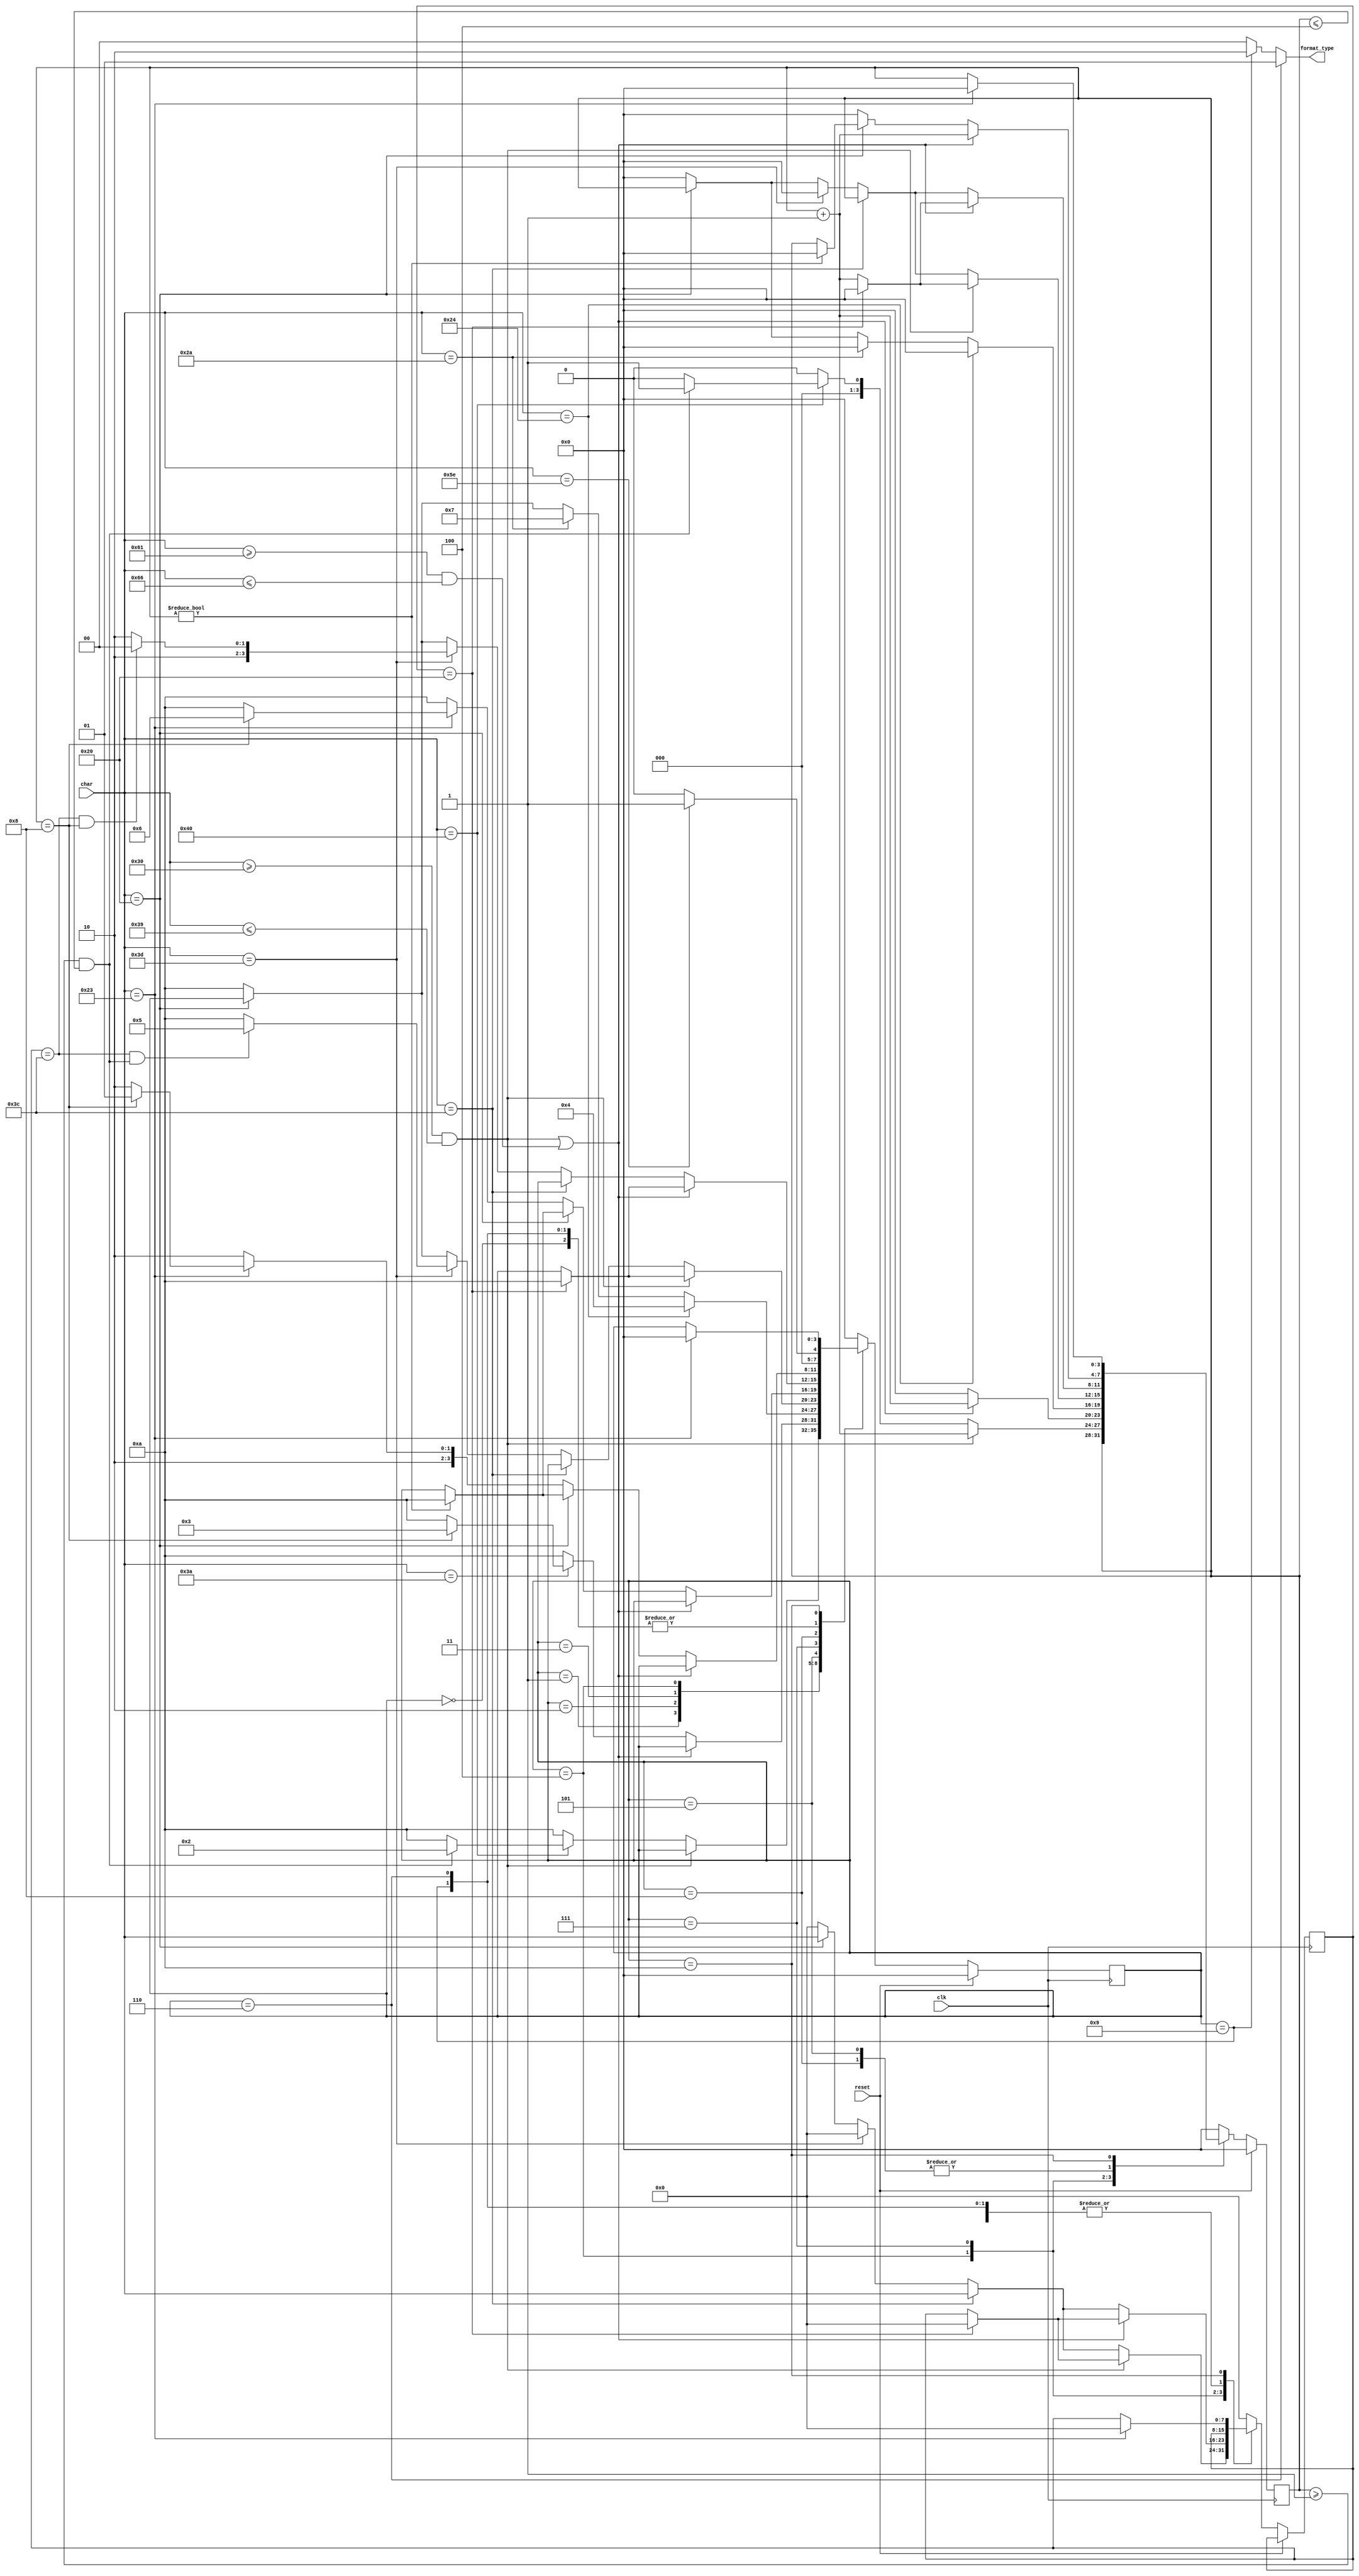
`timescale 1ns / 1ps
//////////////////////////////////////////////////////////////////////////////////
// Company:
// Engineer:
//
// Design Name:
// Module Name:    cpu_checker
// Project Name:
// Target Devices:
// Tool versions:
// Description:
//
// Dependencies:
//
// Revision:
// Revision 0.01 - File Created
// Additional Comments:
//
//////////////////////////////////////////////////////////////////////////////////
`define S0 4'b0000  //
`define S1 4'b0001  //^xx
`define S2 4'b0010  //@xx
`define S3 4'b0011  //
`define S4 4'b0100  //$xx 
`define S5 4'b0101  //<=xx
`define S6 4'b0110  //# 
`define S7 4'b0111  //*xx 
`define S8 4'b1000  //<=xx
`define S9 4'b1001  //# 
`define S10 4'b1010  //wrong

module cpu_checker(
           input clk,
           input reset,
           input [7:0] char,
           output [1:0] format_type
       );

reg [3:0] counter;
reg [3:0] status;
reg [7:0] temp;

initial begin
    status = `S0;
    counter = 4'b0000;
    temp = 8'd0;
end

always @(posedge clk) begin
    if (reset == 1'b1) begin
        status <= `S0;
        counter <= 2'b00;
    end
    else begin
        case (status)
            `S0 : begin
                if (char == "^") begin
                    status <=`S1;
                end
                else begin
                    status <= `S0;
                end
            end

            `S1 : begin
                if (char >="0" && char <= "9") begin
                    counter <= counter + 1;
                end
                else if(char == "@") begin
                    if(counter >= 4'b0001 && counter <= 4'b0100) begin
                        status <= `S2;
                        counter <= 4'b0001;
                    end
                    else begin
                        status <= `S10;
                        counter <= 4'b0000;
                    end
                end
                else begin
                    status <= `S10;
                    counter <= 4'b0000;
                end
            end

            `S2 : begin
                if ((char >= "0" && char <= "9") || (char >= "a" && char <= "f")) begin
                    counter <= counter + 1;
                end
                else if (char == ":") begin
                    if(counter == 4'b1000) begin
                        status <= `S3;
                        counter <= 4'b0000;
                    end
                    else begin
                        status <= `S10;
                        counter <= 4'b0000;
                    end
                end
                else begin
                    status <= `S10;
                    counter <= 4'b0000;
                end
            end

            `S3: begin
                if(char == "$") begin
                    status <= `S4;
                    counter <= 4'b0000;
                end
                else if(char == "*") begin
                    status <= `S7;
                    counter <= 4'b0000;
                end
                else if(char == " ") begin

                end
                else begin
                    status <= `S10;
                    counter <= 4'b0000;
                end
            end

            `S4 : begin
                if(char >= "0" && char <= "9") begin
                    counter <= counter + 1;
                    if(temp == " ") begin
                        status <= `S10;
                        counter <= 4'b0000;
                        temp <= 8'd0;
                    end
                end
                else if(char == "<") begin
                    temp <= char;
                end
                else if(char == "=") begin
                    if((temp == "<" )&& (counter >= 4'b0001 && counter <= 4'b0100)) begin
                        status <= `S5;
                        counter <= 4'b0000;
                        temp <= 8'd0;
                    end
                    else begin
                        status <= `S10;
                        counter <= 4'b0000;
                        temp <= 8'd0;
                    end
                end
                else if(char == " ") begin
                    temp <= char;
                end
                else begin
                    status <= `S10;
                    counter <= 4'b0000;
                    temp <= 8'd0;
                end
            end

            `S5: begin
                if ((char >= "0" && char <= "9") || (char >= "a" && char <= "f")) begin
                    counter <= counter + 1;
                end
                else if(char == " ") begin
                    if(counter != 4'b0000) begin
                        status <= `S10;
                        counter <= 4'b0000;
                    end
                end
                else if (char == "#") begin
                    if(counter == 4'b1000) begin
                        status <= `S6;
                        counter <= 4'b0000;
                    end
                    else begin
                        status <= `S10;
                        counter <= 4'b0000;
                    end
                end
                else begin
                    status <= `S10;
                    counter <= 4'b0000;
                end
            end

            `S6 : begin
                if(char == "^") begin
                    status <= `S1;
                    counter <= 4'b0000;
                end
                else begin
                    status <= `S0;
                    counter <= 4'b0000;
                end
            end

            `S7 : begin
                if((char >= "0" && char <= "9") || (char >= "a" && char <= "f")) begin
                    counter <= counter + 1;
                    if(temp == " ") begin
                        status <= `S10;
                        counter <= 4'b0000;
                        temp <= 8'd0;
                    end
                end
                else if(char == "<") begin
                    temp <= char;
                end
                else if(char == "=") begin
                    if((temp == "<" )&& (counter == 4'b1000)) begin
                        status <= `S8;
                        counter <= 4'b0000;
                        temp <= 8'd0;
                    end
                    else begin
                        status <= `S10;
                        counter <= 4'b0000;
                        temp <= 8'd0;
                    end
                end
                else if(char == " ") begin
                    temp <= char;
                end
                else begin
                    status <= `S10;
                    counter <= 4'b0000;
                    temp <= 8'd0;
                end
            end

            `S8 : begin
                if ((char >= "0" && char <= "9") || (char >= "a" && char <= "f")) begin
                    counter <= counter + 1;
                end
                else if(char == " ") begin
                    if(counter != 4'b0000) begin
                        status <= `S10;
                        counter <= 4'b0000;
                    end
                end
                else if (char == "#") begin
                    if(counter == 4'b1000) begin
                        status <= `S9;
                        counter <= 4'b0000;
                    end
                    else begin
                        status <= `S10;
                        counter <= 4'b0000;
                    end
                end
                else begin
                    status <= `S10;
                    counter <= 4'b0000;
                end
            end

            `S9 : begin
                if(char == "^") begin
                    status <= `S1;
                    counter <= 4'b0000;
                end
                else begin
                    status <= `S0;
                    counter <= 4'b0000;
                end
            end

            `S10 : begin
                if(char == "#") begin
                    status <= `S0;
                    counter <= 4'b0000;
                    temp <= 8'd0;
                end
            end

            default: begin
                status <= `S0;
                counter <= 4'b0000;
                temp <= 8'd0;
            end
        endcase
    end
end

assign format_type = status == `S6 ? 2'b01 : status == `S9 ? 2'b10 : status == `S10 ? 2'b00 : 2'b00;

endmodule